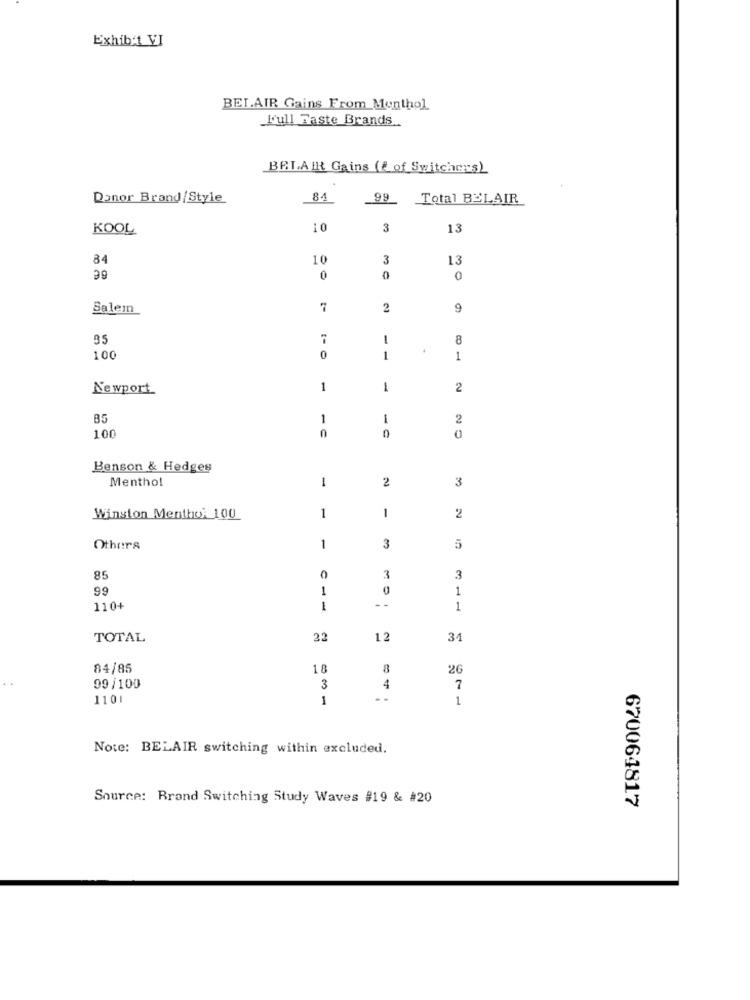
Exhib:1 VI
BELAIR Gains From_Menthol
L'ull Faste Brands
BELAIR Gains (f of Switchers)
Donor Brand/Style
84
99 Total BELAIR
KOOL
10
3
13
84
10
3
13
0
0
0
Salem
7
2
9
35
7
8
100
0
1
1
Newport
1
1
2
85
1
-
2
0
100
Benson & Hedges
Menthol
1
2
3
2
Winston Mentho: 100
1
1
Others
1
3
5
85
0
3
3
99
1
1
- -
110+
1
1
TOTAL
22
12
34
84/85
18
26
3
99/100
4
7
1101
1
. .
1
Note: BELAIR switching within excluded.
Source: Brand Switching Study Waves #19 & #20
670064817